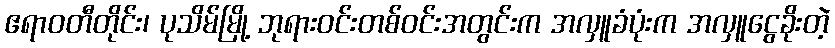
ဧရာဝတီတိုင်း၊ ပုသိမ်မြို့ ဘုရားဝင်းတစ်ဝင်းအတွင်းက အလှူခံပုံးက အလှူငွေခိုးတဲ့